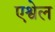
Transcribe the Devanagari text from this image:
एश्वेल